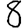
Digit: 8